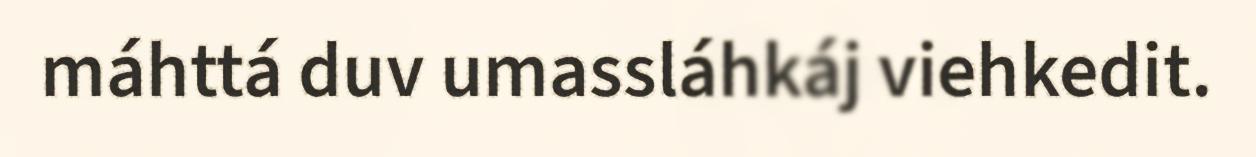
máhttá duv umassláhkáj viehkedit.